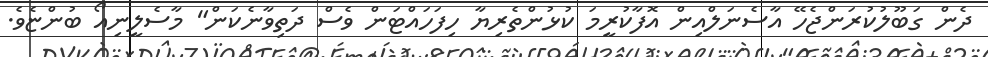
ދެން ގަބޫލުކުރަންޖެހޭ އާސެނަލްއިން އޮފާކުރީމަ ކުޅުންތެރިޔާ ހިފަހައްޓަން ވެސް ދަތިވާނެކަން" މާސެލީނިއޯ ބުންޏެވެ.